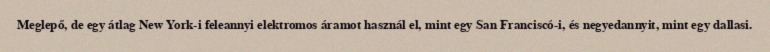
Meglepő, de egy átlag New York-i feleannyi elektromos áramot használ el, mint egy San Franciscó-i, és negyedannyit, mint egy dallasi.